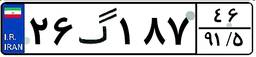
۲۶گ۱۸۷۴۶